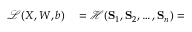
\begin{array} { r l } { \mathscr { L } ( X , W , b ) } & { { } = \mathscr { H } ( \mathbf { S } _ { 1 } , \mathbf { S } _ { 2 } , \ldots , \mathbf { S } _ { n } ) = } \end{array}